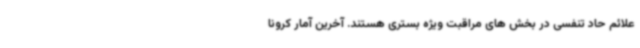
علائم حاد تنفسی در بخش های مراقبت ویژه بستری هستند. آخرین آمار کرونا